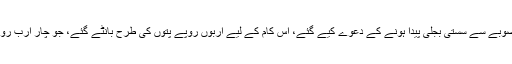
چیف جسٹس نے ریمارکس دیے کہ منصوبے سے سستی بجلی پیدا ہونے کے دعوے کیے گئے، اس کام کے لیے اربوں روپے پتوں کی طرح بانٹے گئے، جو چار ارب روپے ضائع ہوئے اسکا ذمہ دار کون ہے؟